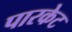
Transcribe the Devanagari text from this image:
पारकेट